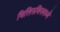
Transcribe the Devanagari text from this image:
बिलिरुबिनमध्ये